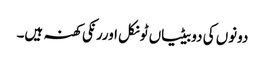
دونوں کی دوبیٹیاں ٹونکل اوررنکی کھنہ ہیں۔